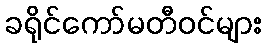
ခရိုင်ကော်မတီဝင်များ